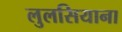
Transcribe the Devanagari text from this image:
लुलसियाना